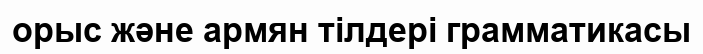
орыс және армян тілдері грамматикасы